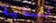
لبداية